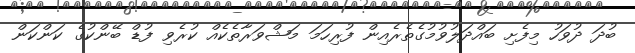
ބުދަ ދުވަހު މިފެށި ބައްދަލުވުމުގެތެރެއިން ފުރިހަމަ މަޝްވަރާތެކެއް ކުރެވި ފުޑް ބޭންކުގެ ކަންކަން